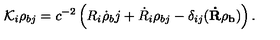
{ \cal K } _ { i } \rho _ { b j } = c ^ { - 2 } \left( R _ { i } \dot { \rho } { _ b j } + \dot { R } _ { i } \rho _ { b j } - \delta _ { i j } ( { \bf \dot { R } { \mathrm { \boldmath \rho } } _ { b } } ) \right) .